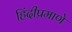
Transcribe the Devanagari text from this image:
हिंदीप्रमाणे